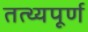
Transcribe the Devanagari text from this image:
तत्थ्यपूर्ण